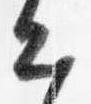
出